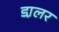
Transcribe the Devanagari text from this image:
डा़लर